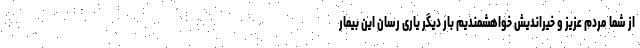
از شما مردم عزیز و خیراندیش خواهشمندیم بار دیگر یاری رسان این بیمار